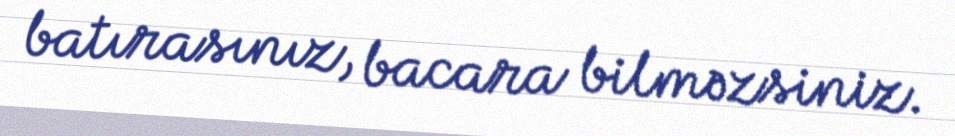
batırasınız, bacara bilməzsiniz.